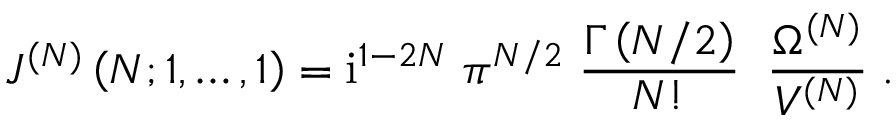
J ^ { ( N ) } \left( N ; 1 , \ldots , 1 \right) = \mathrm { i } ^ { 1 - 2 N } \; \pi ^ { N / 2 } \; \frac { \Gamma \left( N / 2 \right) } { N ! } \; \; \frac { \Omega ^ { ( N ) } } { V ^ { ( N ) } } \; .